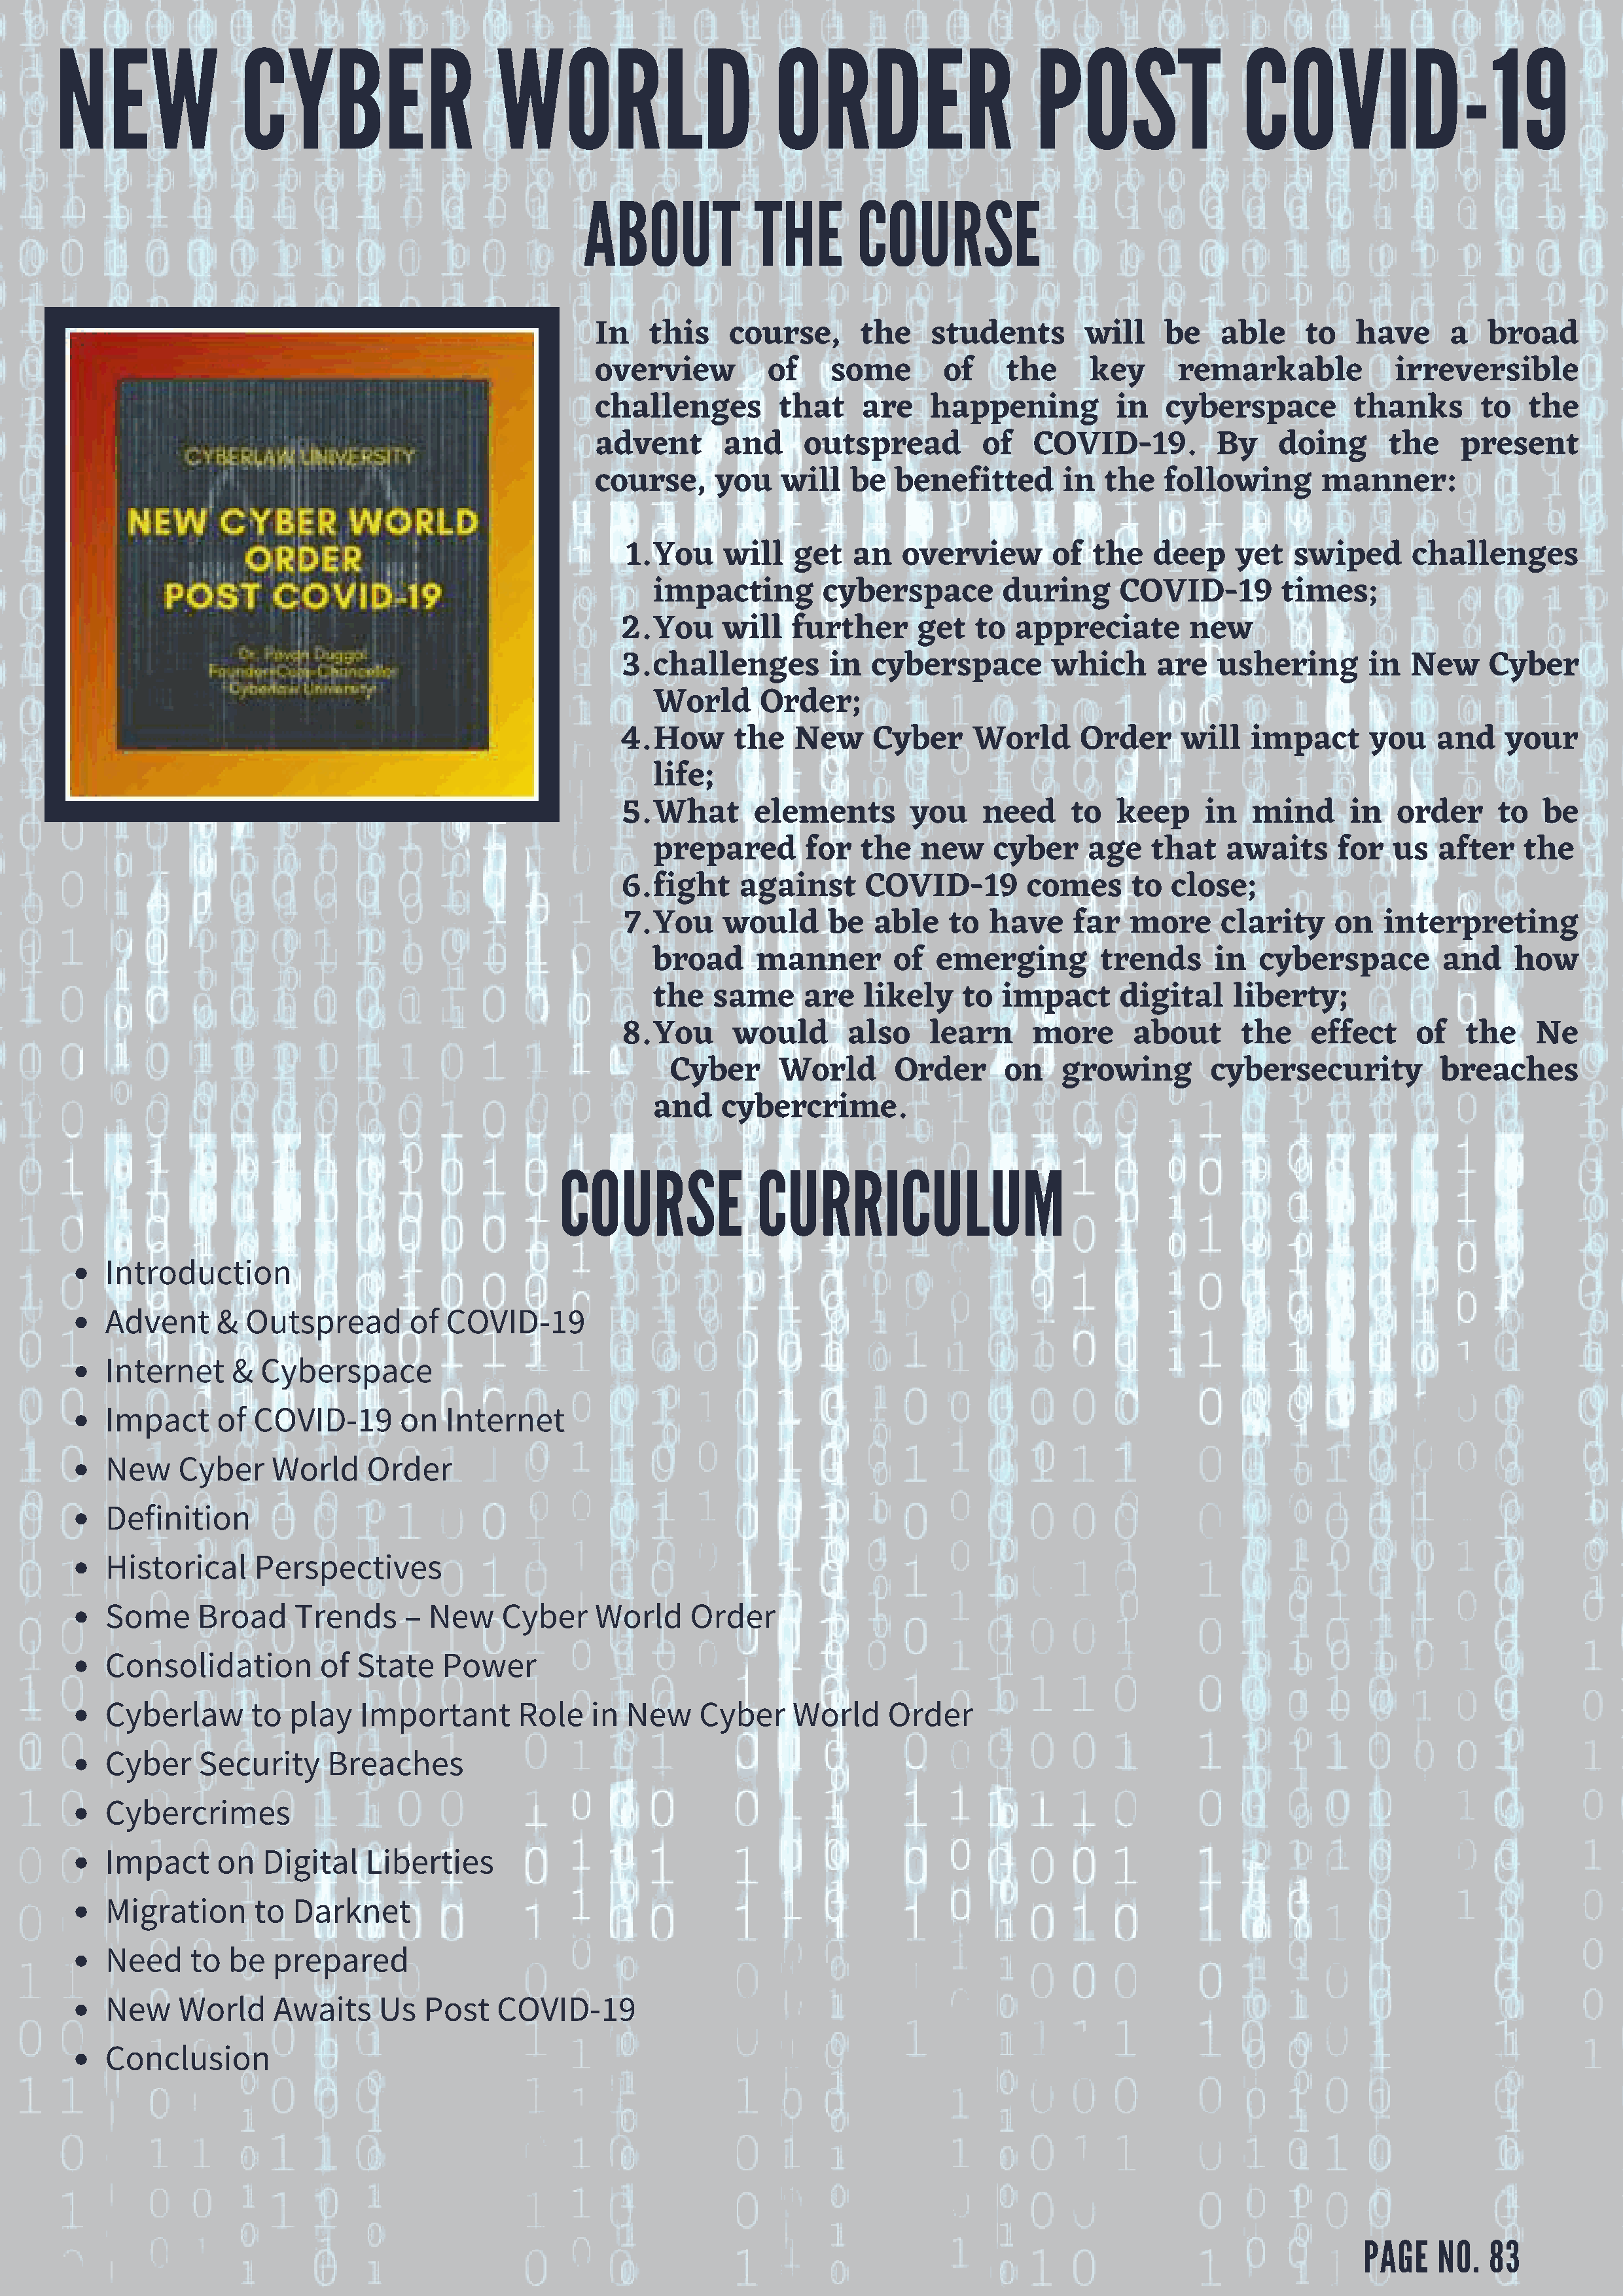
NEW               CYBER                     WORLD                       ORDER                      POST                 COVID-19
 ABOUT            THE        COURSE
 In    this    course,      the    students        will    be   able     to   have      a   broad
 overview          of    some       of     the     key      remarkable            irreversible
 challenges         that    are    happening          in   cyberspace         thanks       to   the
 advent       and     outspread         of    COVID-19.         By    doing      the     present
 course,     you    will   be   benefitted       in  the   following       manner:
 1.You     will   get   an   overview       of   the   deep    yet   swiped      challenges
 impacting        cyberspace        during      COVID-19         times;
 2.You     will   further      get   to  appreciate       new
 3.challenges         in  cyberspace        which      are   ushering       in   New     Cyber
 World      Order;
 4.How      the   New     Cyber     World      Order     will    impact      you   and    your
 life;
 5.What       elements        you    need     to   keep     in   mind      in  order      to  be
 prepared       for   the   new    cyber     age   that    awaits     for   us  after    the
 6.fight     against      COVID-19        comes     to  close;
 7.You     would      be  able    to  have     far  more      clarity    on   interpreting
 broad      manner       of   emerging        trends      in  cyberspace         and    how
 the   same     are   likely    to  impact      digital     liberty;
 8.You      would       also    learn     more       about      the    effect    of   the    Ne
 Cyber      World       Order      on   growing        cybersecurity           breaches
 and    cybercrime.
 COURSE              CURRICULUM
 Introduction
 Advent     &  Outspread       of  COVID-19
 Internet    &  Cyberspace
 Impact     of  COVID-19      on   Internet
 New    Cyber    World     Order
 Definition
 Historical     Perspectives
 Some     Broad     Trends     – New     Cyber    World     Order
 Consolidation        of  State    Power
 Cyberlaw      to  play   Important       Role    in New     Cyber    World     Order
 Cyber    Security     Breaches
 Cybercrimes
 Impact     on   Digital   Liberties
 Migration      to  Darknet
 Need    to  be   prepared
 New    World     Awaits    Us   Post   COVID-19
 Conclusion
 PAGE   NO.   83